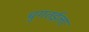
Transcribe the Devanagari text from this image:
चुगतईला